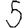
Digit: 5